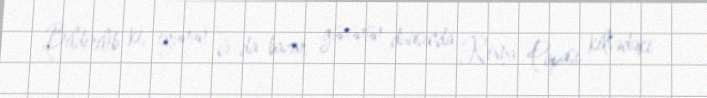
Bildirilib ki, iyunun 6-da bazar gününün duasında Roma Papası kilsədəki